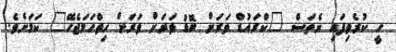
ހީ ކުރެވިފައި ނެތަސް "ކްރައުޑް ވަރަށް ބޮޑު ވަރަށް ވަރަށް ހިތްހަމަޖެހޭ" ކަމަށެވެ.